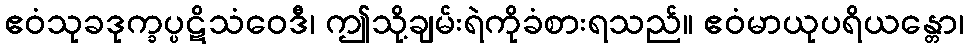
ဧဝံသုခဒုက္ခပ္ပဋိသံဝေဒီ၊ ဤသို့ချမ်းရဲကိုခံစားရသည်။ ဧဝံမာယုပရိယန္တော၊